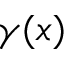
\gamma ( x )